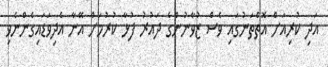
އަދި ކުރިއަށް އޮތްތަނުގައި ވެސް ޒުވާނުންގެ ދައުރު ފުޅާ ކުރުމަށް އޭނާ އެދިވަޑައިގެންނެވި